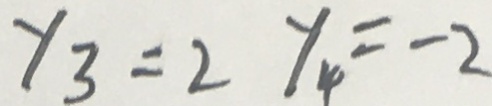
y _ { 3 } = 2 y _ { 4 } = - 2